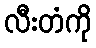
လီးတံကို